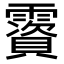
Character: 𩆃